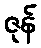
ဇုန်